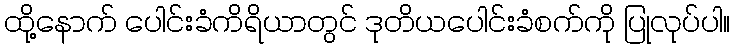
ထို့နောက် ပေါင်းခံကိရိယာတွင် ဒုတိယပေါင်းခံစက်ကို ပြုလုပ်ပါ။